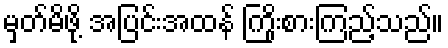
မှတ်မိဖို့ အပြင်းအထန် ကြိုးစားကြည့်သည်။